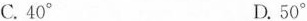
C.40° D.50°